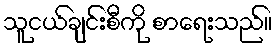
သူငယ်ချင်းစီကို စာရေးသည်။